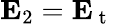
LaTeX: \mathbf{E}_{2}=\mathbf{E}_{\mathrm{~t~}}